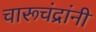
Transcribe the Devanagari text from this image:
चारूचंद्रांनी